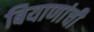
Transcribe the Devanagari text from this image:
बियाणांची